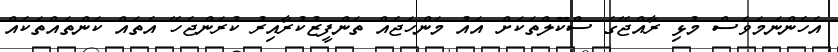
އެހެންނަމަވެސް މުޅި ރާއްޖޭގެ ސްކޫލްތަކަށް އައު މަންހަޖެއް ތަންފީޒުކުރާއިރު ކުރަންޖެހޭ އެތައް ކަންތައްތަކެއް